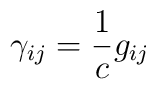
\gamma_{ij} =\frac{1}{c}  g_{ij}